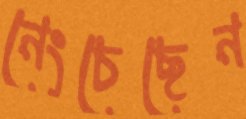
নেংচেছেন